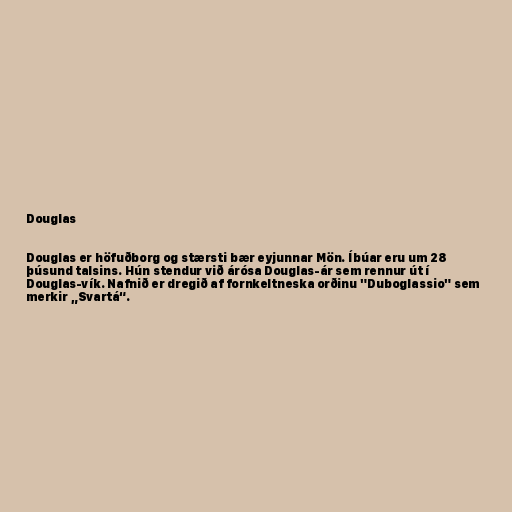
Douglas

Douglas er höfuðborg og stærsti bær eyjunnar Mön. Íbúar eru um 28
þúsund talsins. Hún stendur við árósa Douglas-ár sem rennur út í
Douglas-vík. Nafnið er dregið af fornkeltneska orðinu "Duboglassio" sem
merkir „Svartá“.